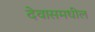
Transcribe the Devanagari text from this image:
देवासमधील